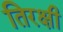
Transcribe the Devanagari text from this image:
तिरक्षी